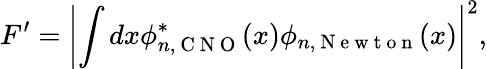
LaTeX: F^{\prime}=\left|\int dx\phi_{n,\mathrm{~C~N~O~}}^{*}(x)\phi_{n,\mathrm{~N~e~w~t~o~n~}}(x)\right|^{2},